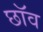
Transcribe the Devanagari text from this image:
छाॅव